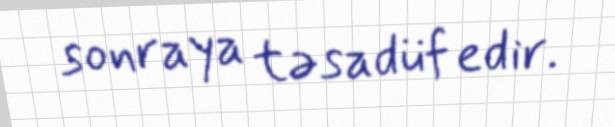
sonraya təsadüf edir.